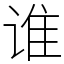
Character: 谁